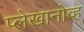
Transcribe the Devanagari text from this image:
प्लेखानोव्ह